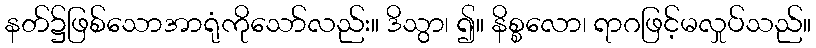
နတ်၌ဖြစ်သောအာရုံကိုသော်လည်း။ ဒိသွာ၊ ၍။ နိစ္စလော၊ ရာဂဖြင့်မလှုပ်သည်။